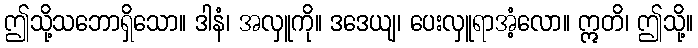
ဤသို့သဘောရှိသော။ ဒါနံ၊ အလှူကို။ ဒဒေယျ၊ ပေးလှူရာအံ့လော။ ဣတိ၊ ဤသို့။